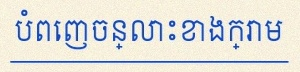
បំពេញចន្លោះខាងក្រោម